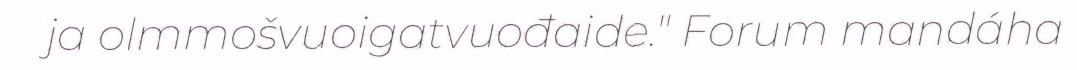
ja olmmošvuoigatvuođaide." Forum mandáha